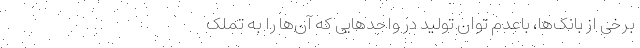
برخی از بانک‌ها، باعدم توان تولید در واحدهایی که آن‌ها را به تملک